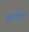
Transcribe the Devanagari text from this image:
बिनपदराच्या